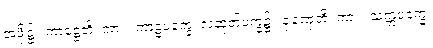
အဖို့၌။ ကာဋ္ဌေတိ၊ ကား။ ကာဠပက္ခေ၊ လဆုတ်ပက္ခ၌။ ဇုဏှေတိ၊ ကား။ သုက္ကပက္ခေ၊